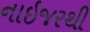
નાઇજરથી